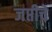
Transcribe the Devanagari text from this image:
जप्तीचे